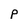
Character: p